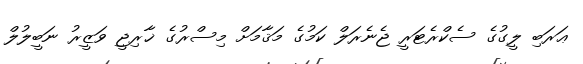
ޢަރަބި ލީގުގެ ސެކްރެޓަރީ ޖެނެރަލް ކަމުގެ މަޤާމަށް މިސްރުގެ ޚާރިޖީ ވަޒީރު ނަބީލުލް